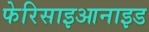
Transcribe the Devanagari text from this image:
फेरिसाइआनाइड